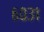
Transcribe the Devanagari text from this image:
६०३१